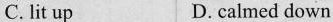
C. lit up D,calmed down